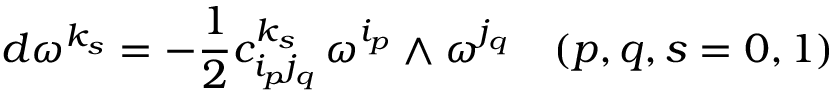
d \omega ^ { k _ { s } } = - \frac { 1 } { 2 } c _ { i _ { p } j _ { q } } ^ { k _ { s } } \, \omega ^ { i _ { p } } \wedge \omega ^ { j _ { q } } \quad ( p , q , s = 0 , 1 )